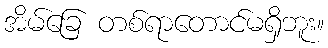
အိမ်ခြေ တစ်ရာတောင်မရှိဘူး။